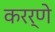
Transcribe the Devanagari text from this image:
करर्णे